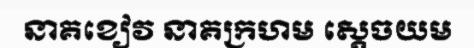
នាគខៀវ នាគក្រហម ស្តេចយម